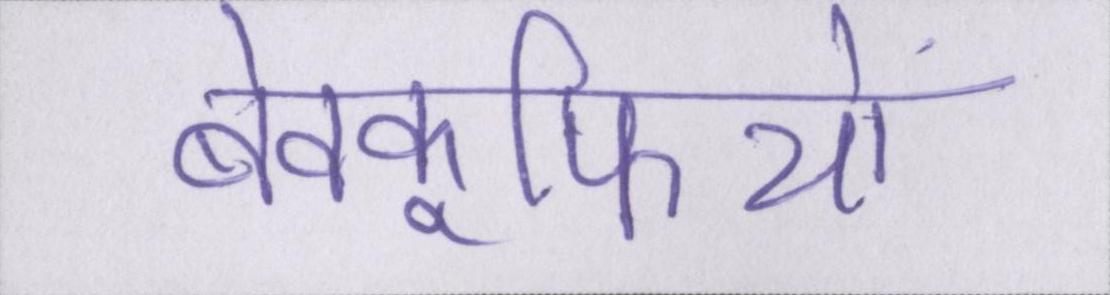
बेवकूफियों